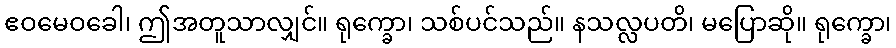
ဧဝမေဝခေါ၊ ဤအတူသာလျှင်။ ရုက္ခော၊ သစ်ပင်သည်။ နသလ္လပတိ၊ မပြောဆို။ ရုက္ခော၊